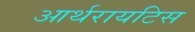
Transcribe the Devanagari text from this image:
आर्थरायटिस